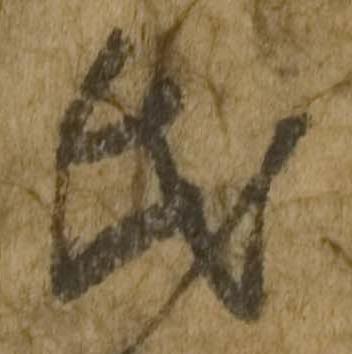
氏